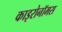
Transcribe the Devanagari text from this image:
काइरोनॉमस